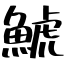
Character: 鯱